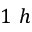
1 ~ h